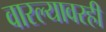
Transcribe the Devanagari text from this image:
वारल्यावरही